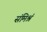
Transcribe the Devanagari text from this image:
संमिश्रं